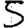
Digit: 5